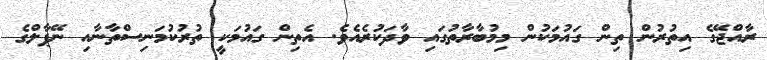
ރާއްޖޭގެ އިތުރުން ތިން ގައުމަކުން މިމުބާރާތުގައި ވާދަކުރެއެވެ. އެތިން ގައުމަކީ ތުރުކުމަނިސްތާނާއި ނޭޕާލްގެ